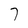
Character: 7